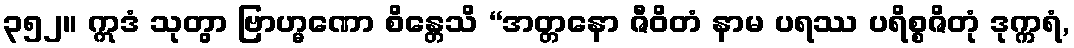
၃၅၂။ ဣဒံ သုတွာ ဗြာဟ္မဏော စိန္တေသိ “အတ္တနော ဇီဝိတံ နာမ ပရဿ ပရိစ္စဇိတုံ ဒုက္ကရံ,